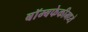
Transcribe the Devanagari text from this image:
बॉम्बफेकीमध्ये